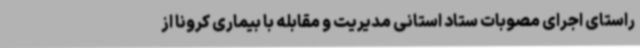
راستای اجرای مصوبات ستاد استانی مدیریت و مقابله با بیماری کرونا از